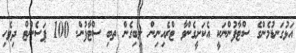
އަޅުގަނޑުމެންގެ ސްޓާފުންނަކީ އެކަށީގެންވާ ޓްރެއިނިން ލިބިގެން ތބި ސްޓާފުން. 100 ޕަސެންޓް ދިވެހި